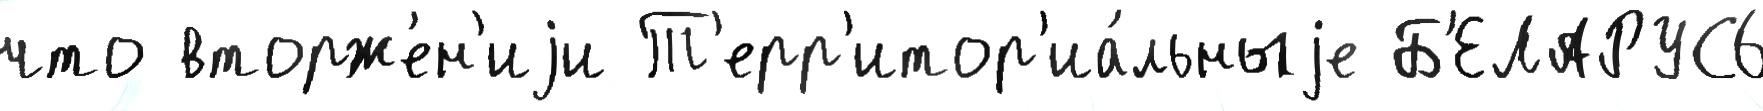
что вторже́н'иjи Т'ерр'итор'иа́льныjе Б'ЕЛАРУСЬ